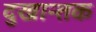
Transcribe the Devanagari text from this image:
दुखान्तक